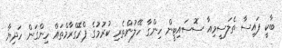
ބާކީ ފައިސާ ތެލަސީމިއާ ސޮސައިޓީން ހިންގާ ހޭލުންތެރި ކުރުމުގެ ޕްރޮގްރާމްތައް ހިންގަން ހަދިޔާ